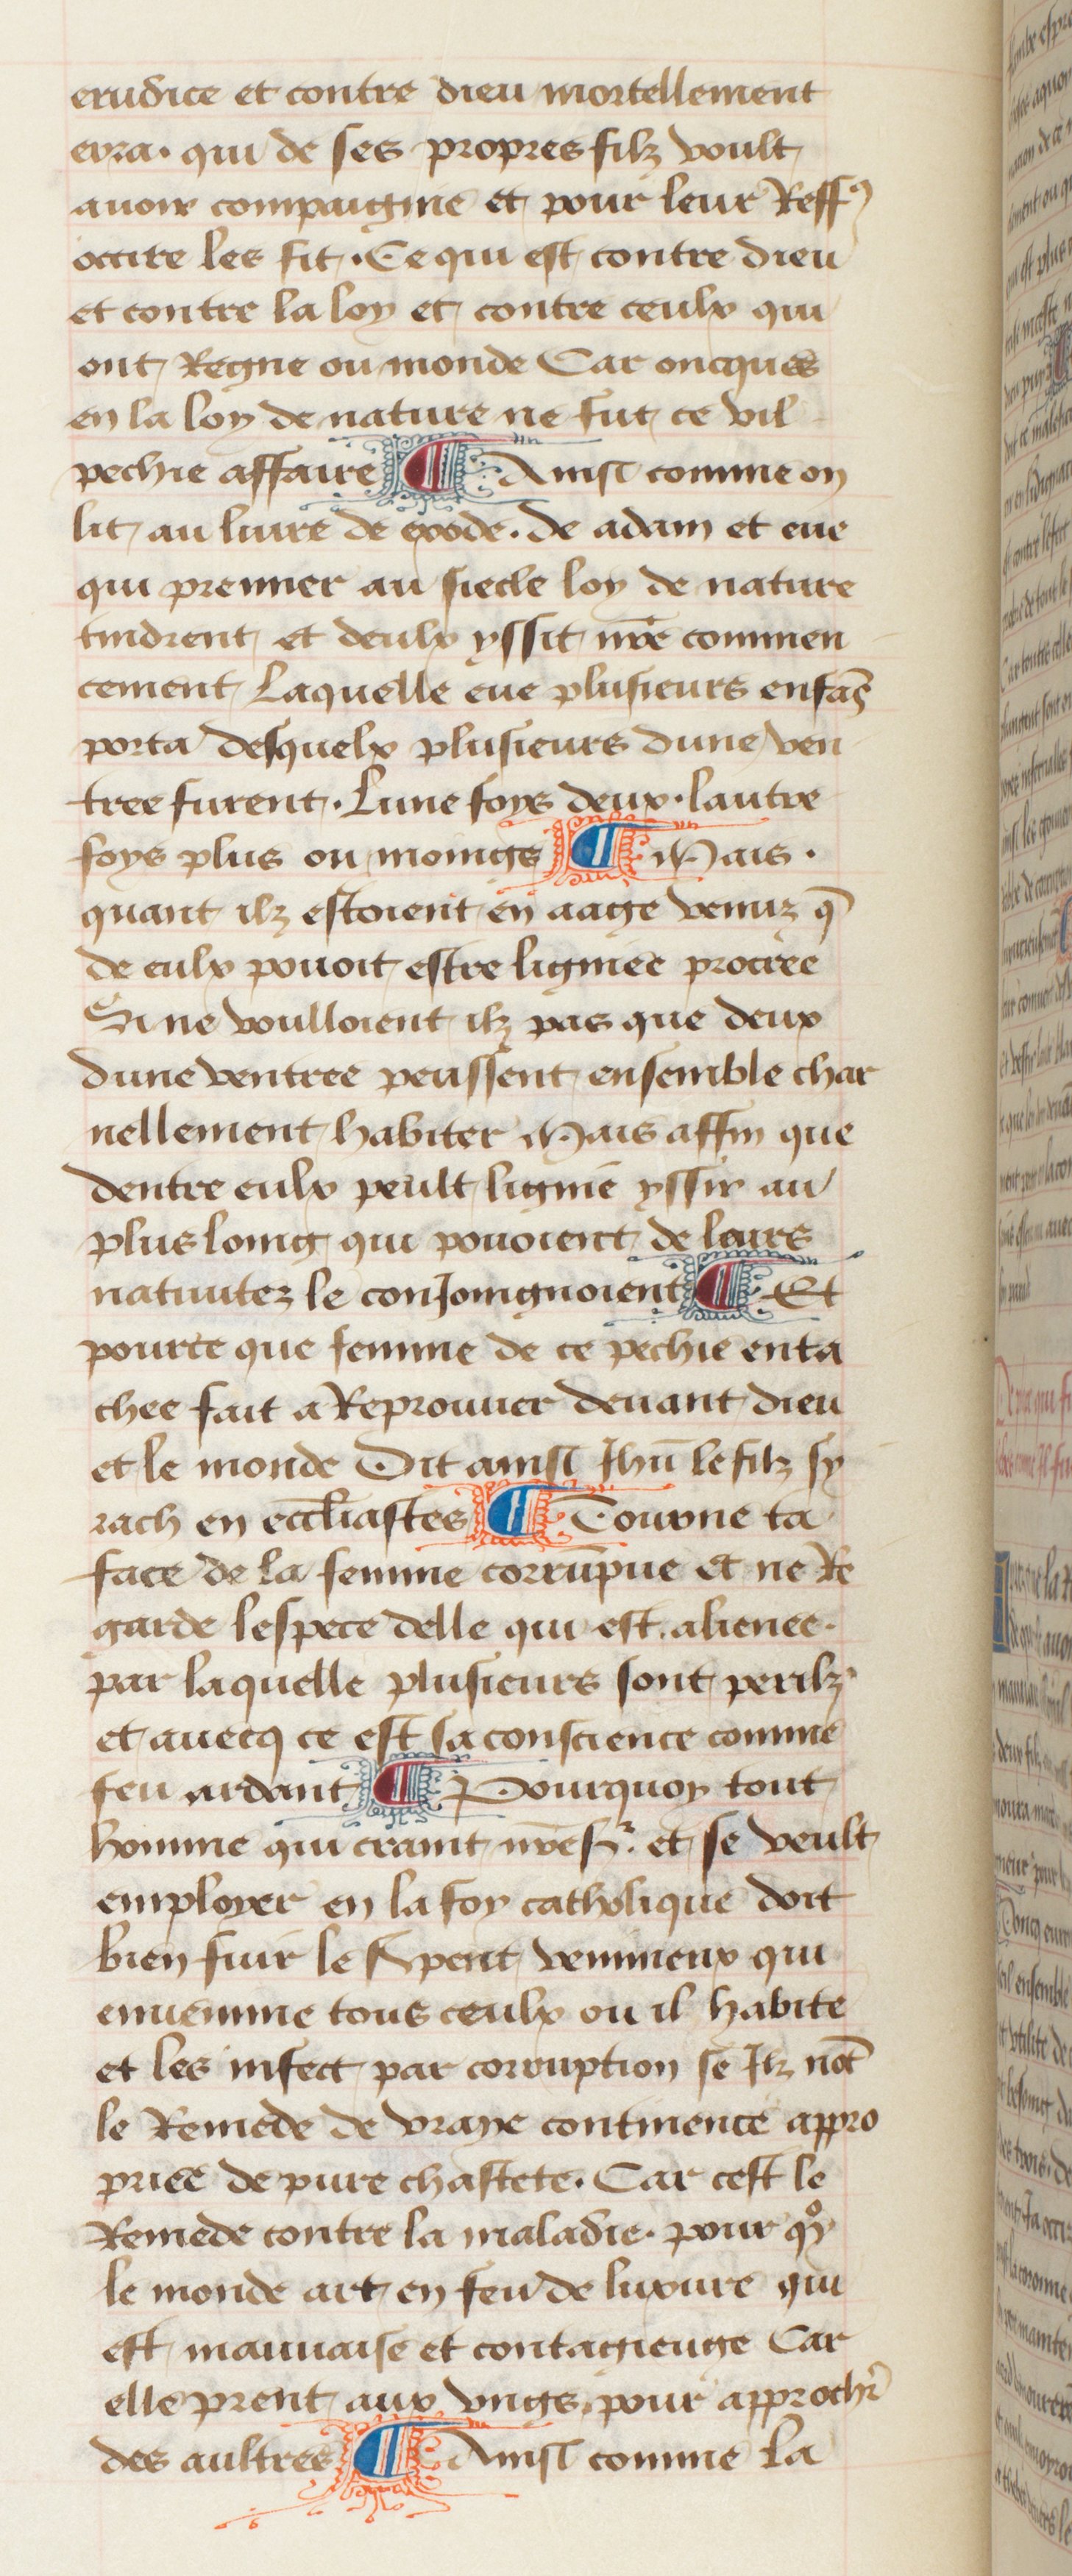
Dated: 1457–1482